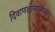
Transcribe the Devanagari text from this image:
दिवाणखान्यासारखाच